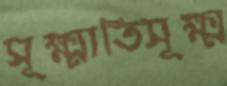
সূক্ষ্মাতিসূক্ষ্ম